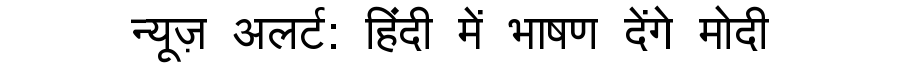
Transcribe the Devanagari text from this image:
न्यूज़ अलर्ट: हिंदी में भाषण देंगे मोदी